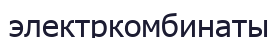
электркомбинаты